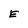
Character: E